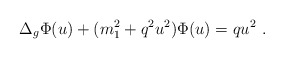
\begin{align*} \Delta_g \Phi(u) + (m_1^2+q^2 u^2) \Phi(u) = qu^2~. \end{align*}